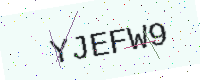
Text: YJEFW9